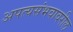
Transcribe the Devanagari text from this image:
अपत्यसंभवावरील